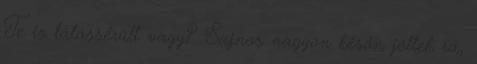
Te is látássérült vagy? Sajnos nagyon későn jöttek rá,